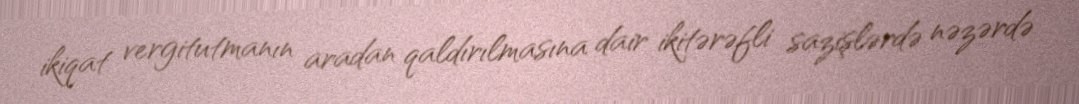
ikiqat vergitutmanın aradan qaldırılmasına dair ikitərəfli sazişlərdə nəzərdə